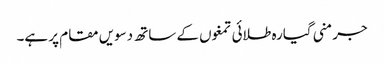
جرمنی گیارہ طلائی تمغوں کے ساتھ دسویں مقام پر ہے۔